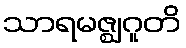
သာရမဇ္ဈဂူတိ